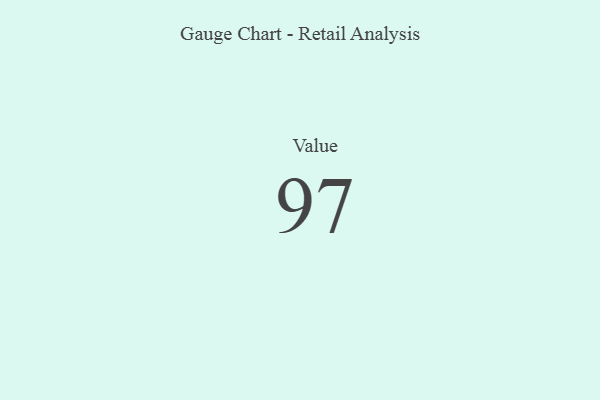
{"axis": {"x": "Metric", "y": "Value"}, "legend": [""], "data": [{"x": "Value", "y": 97, "type": ""}]}